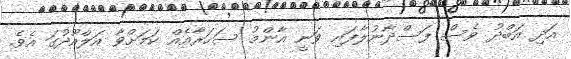
އަދި އަބްދު ވެސް ފަސްދާނުލާފައި ވަނީ އާންމު ސަހަރާއެއް ކަމަށްވާ އަލްއޫދުގަ އެވެ.